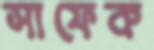
সাফেক